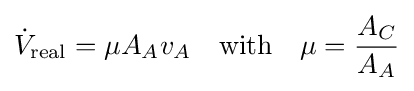
{\dot {V}}_{\text{real}}=\mu A_{A}v_{A}\quad {\text{with}}\quad \mu ={\frac {A_{C}}{A_{A}}}